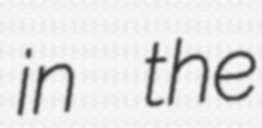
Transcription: in the